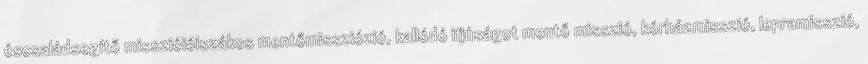
éscsaládsegítő misszióióiszákos mentőmissziózió, kallódó ifjúságot mentő misszió, kórházmisszió, lepramisszió,